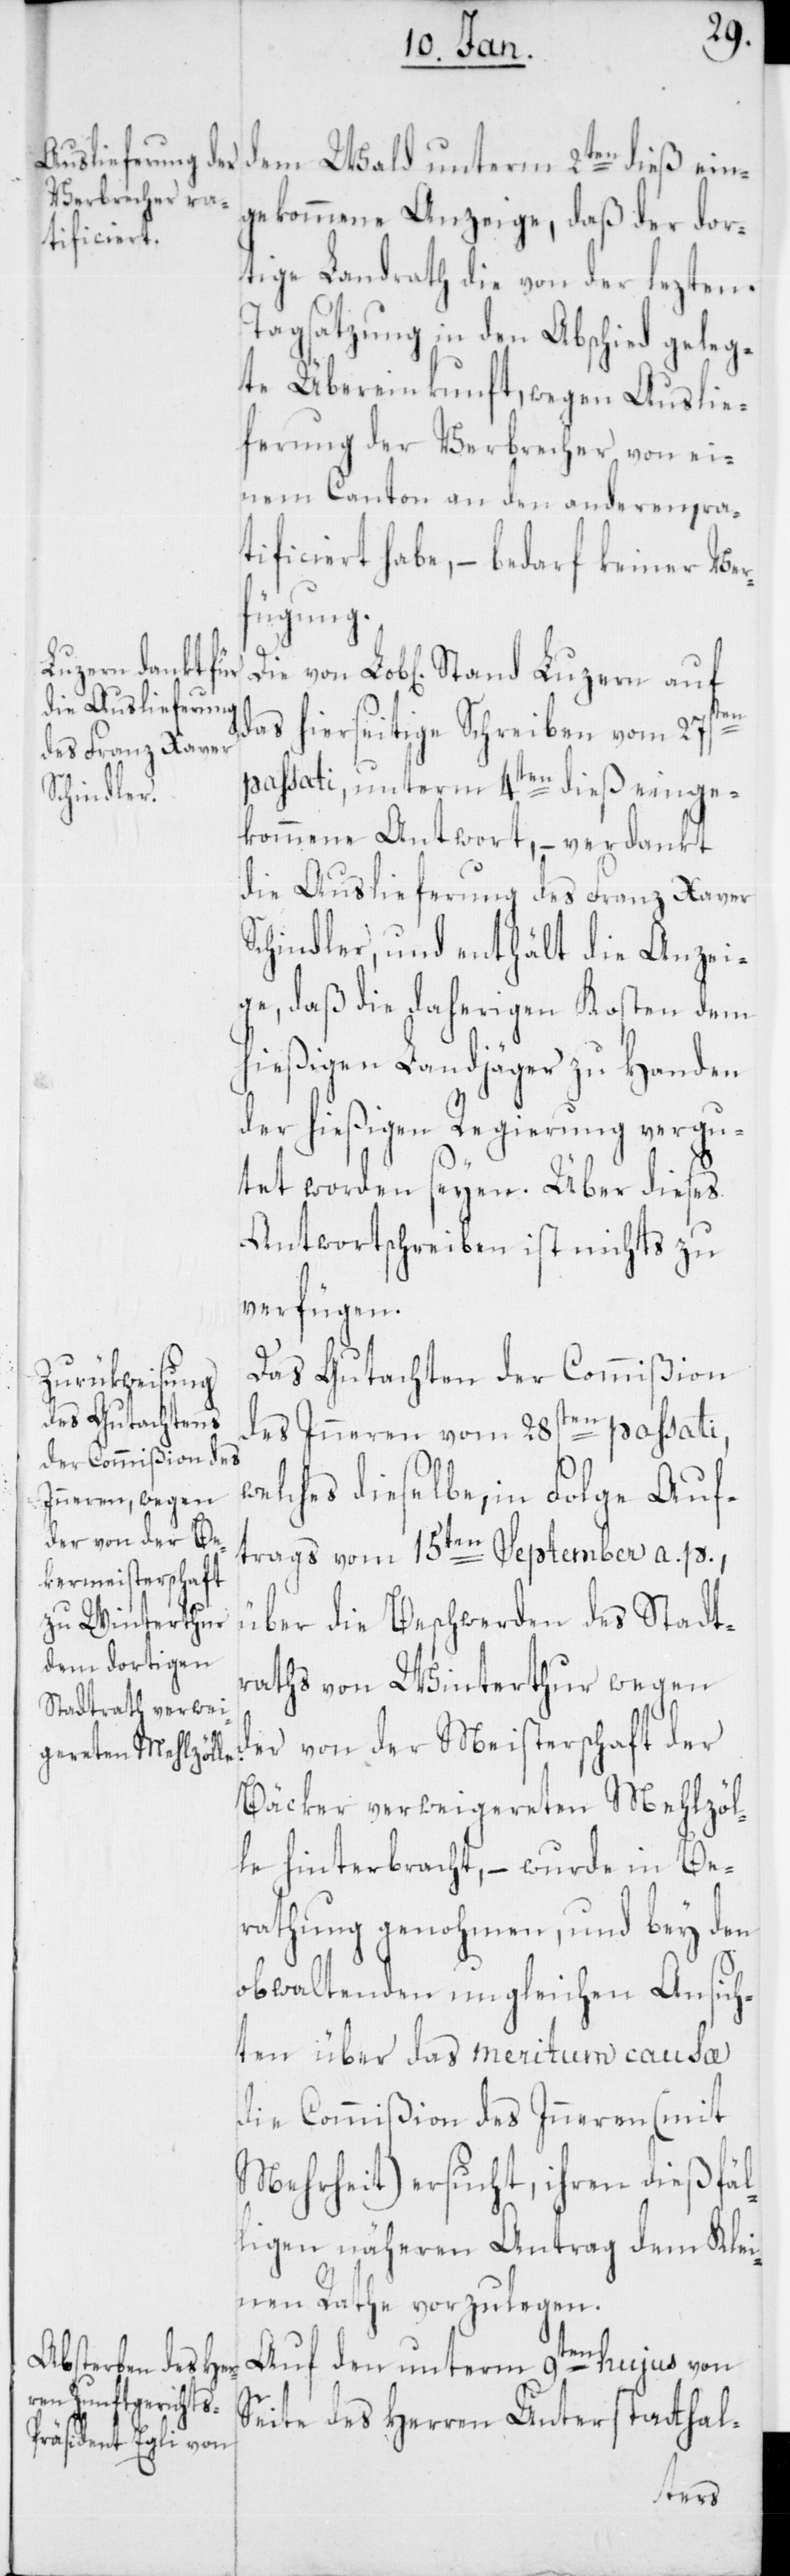
gekommene Anzeige, daß der dor¬
tige Landrath die von der lezten
Tagsatzung in den Abschied geleg¬
te Übereinkunft, wegen Auslie¬
ferung der Verbrecher von ei¬
nem Canton an den anderen ra¬
tificiert habe, – bedarf keiner Ver¬
fügung.
Luzern auf
das hierseitige Schreiben vom 27sten
passati, unterm 4ten dieß einge¬
kommene Antwort, – verdankt
die Auslieferung des Franz Xaver
Schindler, und enthält die Anzei¬
ge, daß die daherigen Kosten dem
hießigen Landjäger zu Handen
der hießigen Regierung vergu¬
tet worden seyen. Über dieses
Antwortschreiben ist nichts zu
verfügen.
Das Gutachten der Commißion
des Inneren vom 28sten passati,
welches dieselbe, in Folge Auf¬
trags vom 15ten September a. p.,
über die Beschwerden des Stadt¬
raths von Winterthur wegen
der von der Meisterschaft der
Bäcker verweigereten Mehlzöl¬
le hinterbracht, – wurde in Be¬
rathung genohmen, und bey den
obwaltenden ungleichen Ansich¬
ten über das meritum causa
die Commißion des Inneren (mit
Mehrheit) ersucht, ihren dießfäl¬
ligen näheren Antrag dem Klei¬
nen Rathe vorzulegen.
Auf den unterm 9ten hujus von
Seite des Herren Unterstatthal-